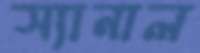
স্যানাল